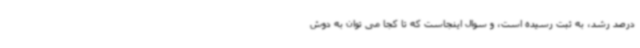
درصد رشد، به ثبت رسیده است، و سوال اینجاست که تا کجا می توان به دوش